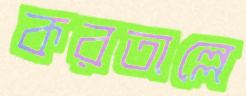
করতাল্লে